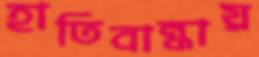
হাতিবান্ধায়